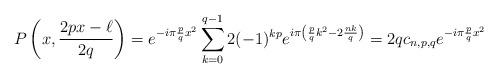
LaTeX: \begin{align*}P\left(x,\frac{2px-\ell}{2q}\right)= e^{-i\pi \frac{p}{q} x^2}\sum_{k=0}^{q-1} 2(-1)^{kp} e^{i\pi \left( \frac{p}{q} k^2 - 2\frac{n k}{q} \right)} =2q c_{n,p,q}e^{-i\pi \frac{p}{q} x^2}\end{align*}